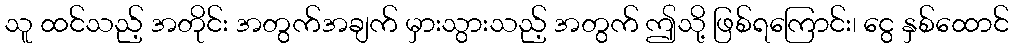
သူ ထင်သည့် အတိုင်း အတွက်အချက် မှားသွားသည့် အတွက် ဤသို့ ဖြစ်ရကြောင်း၊ ငွေ နှစ်ထောင်